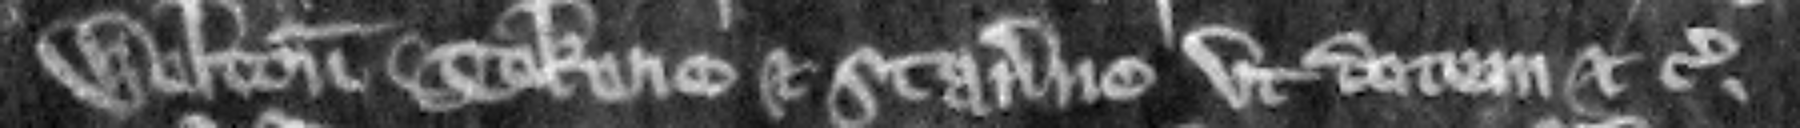
Welton Tokene et Stanerne vt dotem etc.